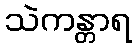
သဲကန္တာရ